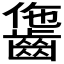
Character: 𪘗